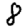
Digit: 8